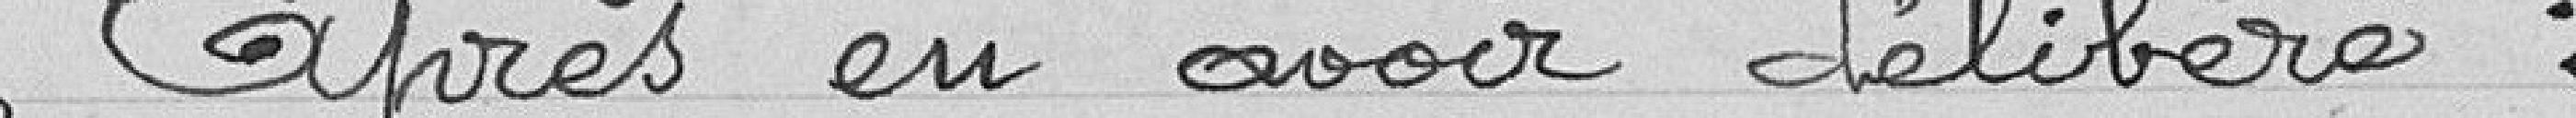
Après en avoir délibéré :